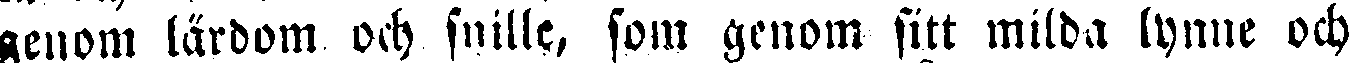
genom lärdom och snille, som genom sitt milda lynne och